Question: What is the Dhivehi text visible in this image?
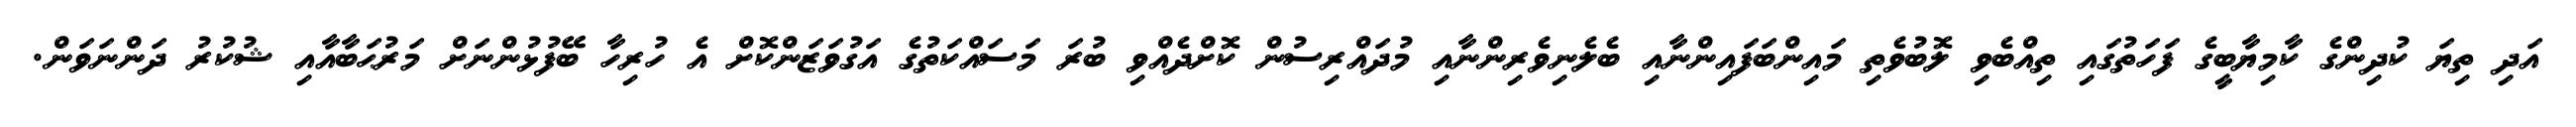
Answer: އަދި ތިޔަ ކުދިންގެ ކާމިޔާބީގެ ފަހަތުގައި ތިއްބެވި ލޮބުވެތި މައިންބަފައިންނާއި ބެލެނިވެރިންނާއި މުދައްރިސުން ކޮށްދެއްވި ބުރަ މަސައްކަތުގެ އަގުވަޒަންކޮށް އެ ހުރިހާ ބޭފުޅުންނަށް މަރުޙަބާއާއި ޝުކުރު ދަންނަވަން.